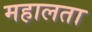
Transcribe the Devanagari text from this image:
महालता